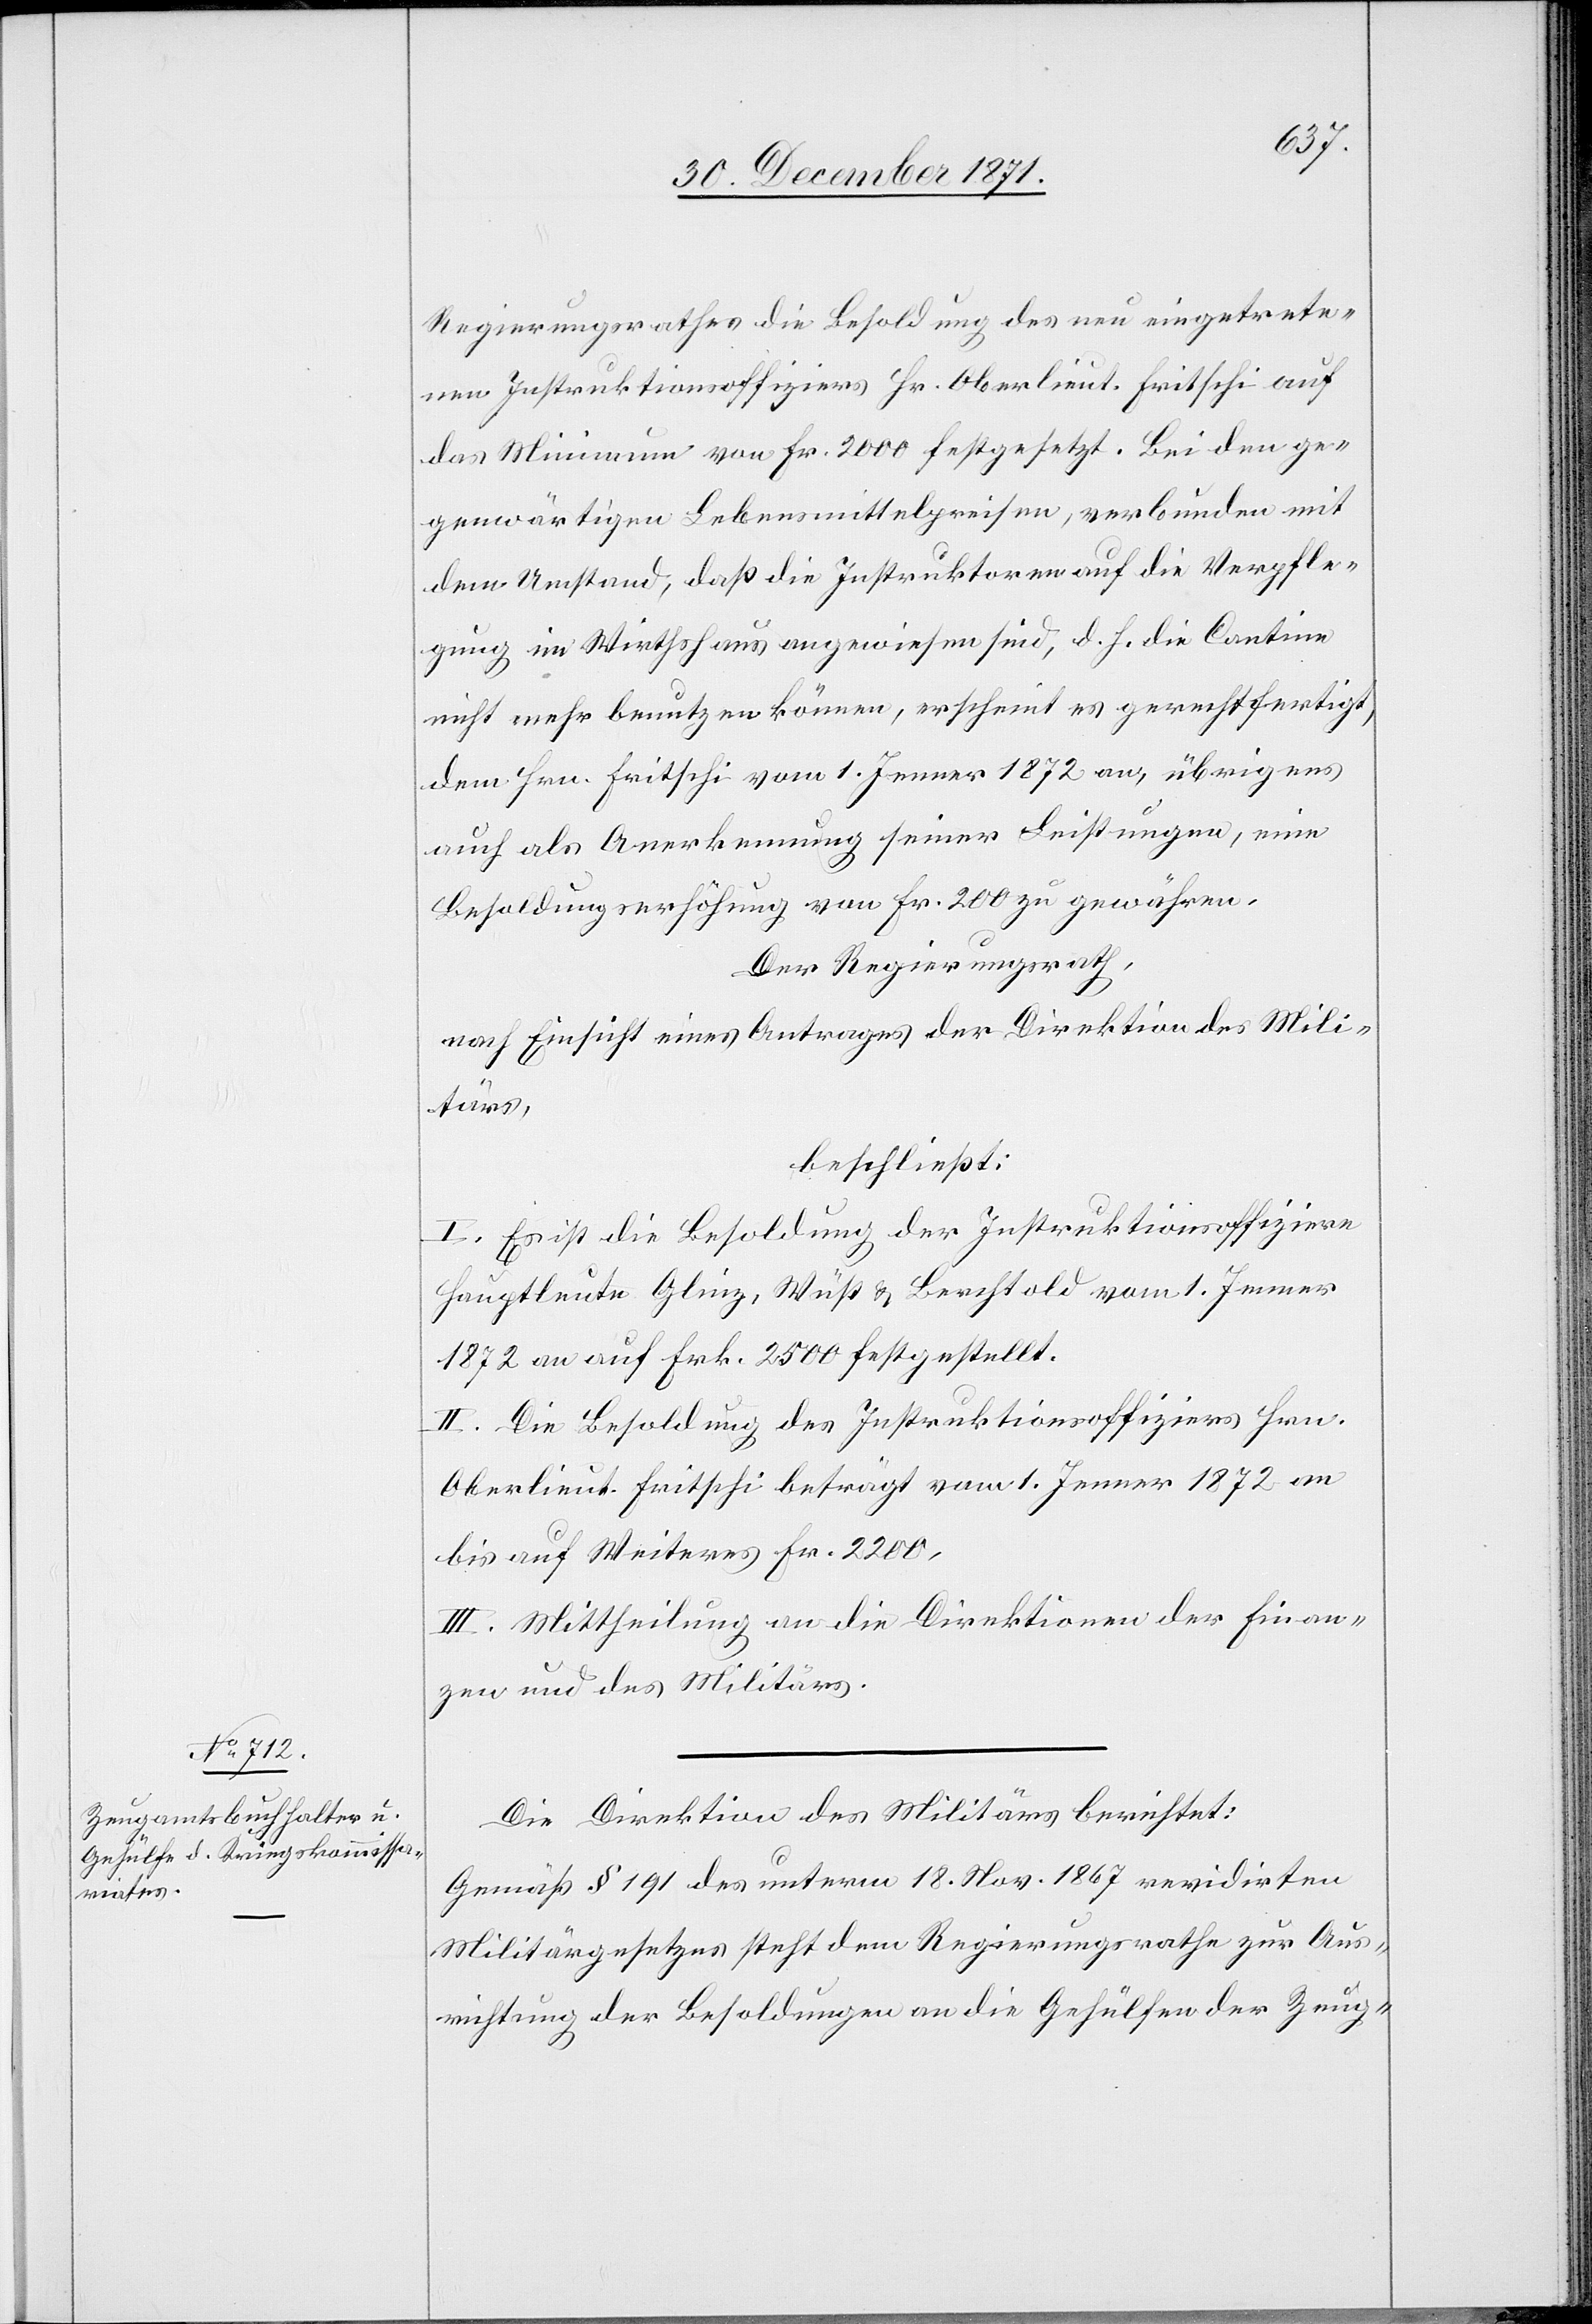
Regierungsrathes die Besoldung des neu eingetrete¬
nen Instruktionsoffizieres Hr. Oberlieut. Fritschi auf
das Minimum von Fr. 2000 festgesetzt. Bei den ge¬
genwärtigen Lebensmittelpreisen, verbunden mit
dem Umstand, daß die Instruktoren auf die Verpfle¬
gung im Wirthshaus angewiesen sind, d. h. die Cantine
nicht mehr benutzen können, erscheint es gerechtfertigt,
dem Hrn. Fritschi vom 1. Jenner 1872 an, übrigens
auch als Anerkennung seiner Leistungen, eine
Besoldungserhöhung von Fr. 200 zu gewähren.
Der Regierungsrath
nach Einsicht eines Antrages der Direktion des Mili¬
tärs,
beschließt:
I. Es ist die Besoldung der Instruktionsoffizire
Hauptleute Glinz, Wüst & Berchtold vom 1. Jenner
1872 an auf Frk. 2500 festgestellt.
II. Die Besoldung des Instruktionsoffiziers Hrn.
Oberlieut. Fritschi beträgt vom 1. Jenner 1872 an
bis auf Weiteres Fr. 2200,
III. Mittheilung an die Direktionen der Finan¬
zen und des Militärs.
Die Direktion des Militärs berichtet:
Gemäß § 191 des unterm 18. Nov. 1867 revidirten
Militärgesetzes steht dem Regierungsrathe zur Aus¬
richtung der Besoldungen an die Gehülfen der Zeug-